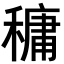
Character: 𥡲